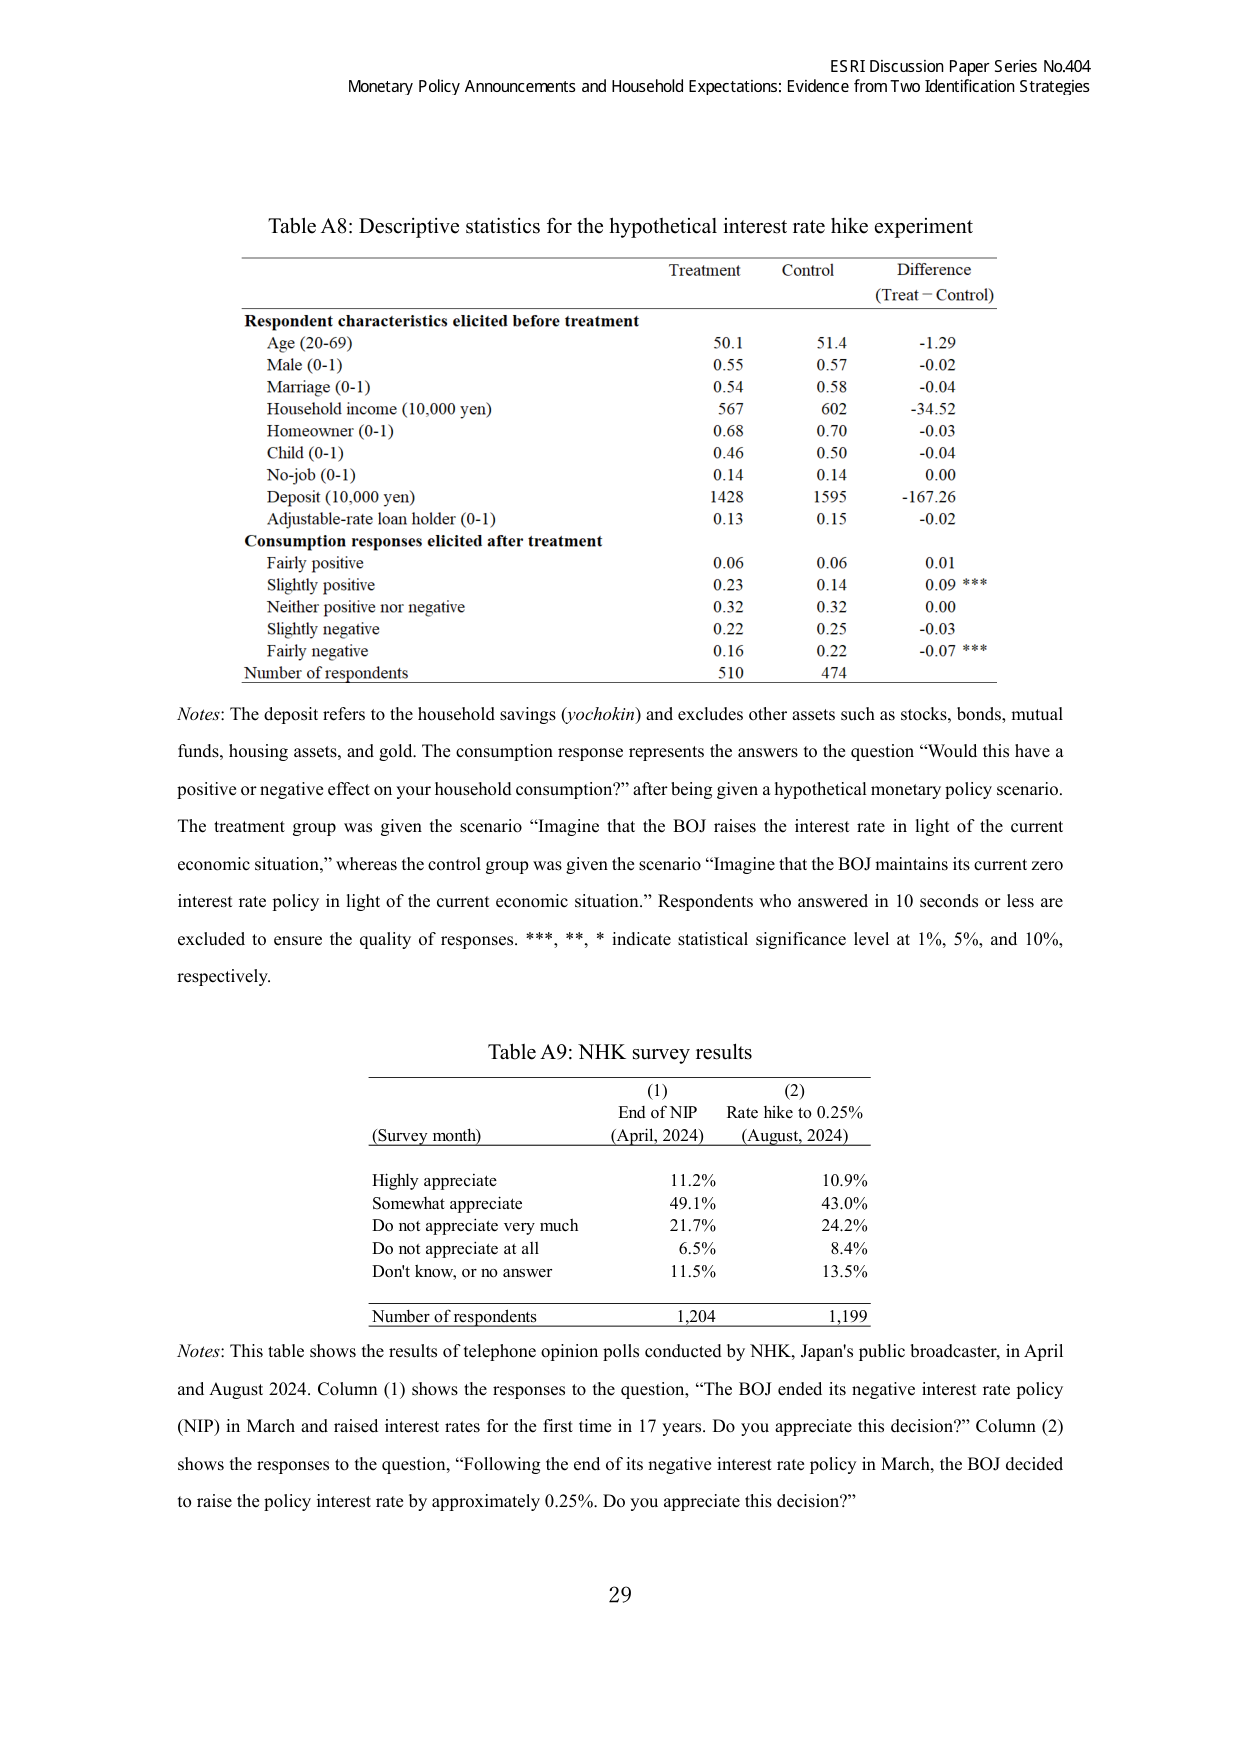
ESRI Discussion Paper Series No.404
Monetary Policy Announcements and Household Expectations: Evidence from Two Identification Strategies

Table A8: Descriptive statistics for the hypothetical interest rate hike experiment

Treatment   Control   Difference
            (Treat – Control)

Respondent characteristics elicited before treatment
Age (20-69)                  50.1      51.4      -1.29
Male (0-1)                   0.55      0.57      -0.02
Marriage (0-1)               0.54      0.58      -0.04
Household income (10,000 yen) 567      602      -34.52
Homeowner (0-1)              0.68      0.70      -0.03
Child (0-1)                  0.46      0.50      -0.04
No-job (0-1)                 0.14      0.14      0.00
Deposit (10,000 yen)         1428      1595      -167.26
Adjustable-rate loan holder (0-1) 0.13      0.15      -0.02

Consumption responses elicited after treatment
Fairly positive              0.06      0.06      0.01
Slightly positive            0.23      0.14      0.09 ***
Neither positive nor negative 0.32      0.32      0.00
Slightly negative            0.22      0.25      -0.03
Fairly negative              0.16      0.22      -0.07 ***
Number of respondents        510       474

Notes: The deposit refers to the household savings (yochokin) and excludes other assets such as stocks, bonds, mutual funds, housing assets, and gold. The consumption response represents the answers to the question “Would this have a positive or negative effect on your household consumption?” after being given a hypothetical monetary policy scenario. The treatment group was given the scenario “Imagine that the BOJ raises the interest rate in light of the current economic situation,” whereas the control group was given the scenario “Imagine that the BOJ maintains its current zero interest rate policy in light of the current economic situation.” Respondents who answered in 10 seconds or less are excluded to ensure the quality of responses. ***, **, * indicate statistical significance level at 1%, 5%, and 10%, respectively.

Table A9: NHK survey results

(1) End of NIP (April, 2024)   (2) Rate hike to 0.25% (August, 2024)
(Survey month)

Highly appreciate              11.2%      10.9%
Somewhat appreciate            49.1%      43.0%
Do not appreciate very much    21.7%      24.2%
Do not appreciate at all       6.5%       8.4%
Don't know, or no answer       11.5%      13.5%

Number of respondents          1,204      1,199

Notes: This table shows the results of telephone opinion polls conducted by NHK, Japan’s public broadcaster, in April and August 2024. Column (1) shows the responses to the question, “The BOJ ended its negative interest rate policy (NIP) in March and raised interest rates for the first time in 17 years. Do you appreciate this decision?” Column (2) shows the responses to the question, “Following the end of its negative interest rate policy in March, the BOJ decided to raise the policy interest rate by approximately 0.25%. Do you appreciate this decision?”

29